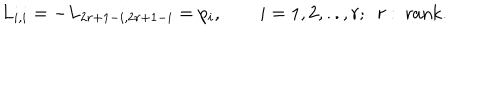
L _ { i , i } = - L _ { 2 r + 1 - i , 2 r + 1 - i } = p _ { i } , \qquad i = 1 , 2 , . . , r ; ~ ~ r : \mathrm { ~ r a n k } .